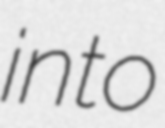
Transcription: into